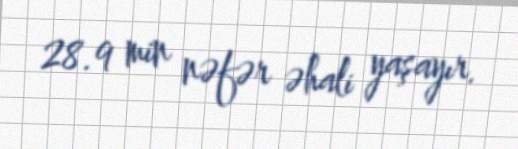
28.9 min nəfər əhali yaşayır.